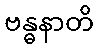
ဗန္ဓနာတိ